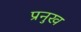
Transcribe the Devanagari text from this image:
प्रनुख